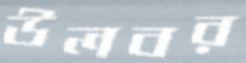
উলবর